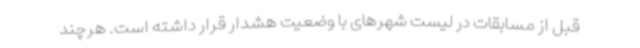
قبل از مسابقات در لیست شهرهای با وضعیت هشدار قرار داشته است. هرچند